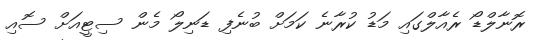
ރޮނާލްޑޯ ރެއާލްގައި މަޑު ކުރާނެ ކަމަށް ބުނެފި ޑަނިލޯ މެން ސިޓީއަށް ސޮއި